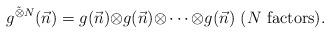
LaTeX: \begin{align*}g^{\tilde{\otimes}N} (\vec{n})= g(\vec{n}){\otimes}g(\vec{n}){\otimes} \cdots {\otimes}g(\vec{n})~(N{\rm{~factors}}).\end{align*}